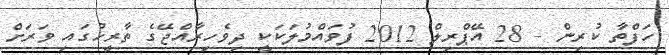
ހަފްތާ ކުރިން - 28 އޭޕްރިލް 2012 ފުވައްމުލަކަކީ ދިވެހިރާއްޖޭގެ ތާރީޚުގައި ވަރަށް